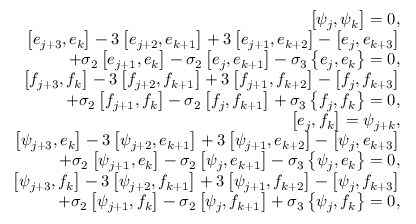
\begin{array} { r l r } & { } & { \left[ \psi _ { j } , \psi _ { k } \right] = 0 , } \\ & { } & { \left[ e _ { j + 3 } , e _ { k } \right] - 3 \left[ e _ { j + 2 } , e _ { k + 1 } \right] + 3 \left[ e _ { j + 1 } , e _ { k + 2 } \right] - \left[ e _ { j } , e _ { k + 3 } \right] } \\ & { } & { \quad + \sigma _ { 2 } \left[ e _ { j + 1 } , e _ { k } \right] - \sigma _ { 2 } \left[ e _ { j } , e _ { k + 1 } \right] - \sigma _ { 3 } \left\{ e _ { j } , e _ { k } \right\} = 0 , } \\ & { } & { \left[ f _ { j + 3 } , f _ { k } \right] - 3 \left[ f _ { j + 2 } , f _ { k + 1 } \right] + 3 \left[ f _ { j + 1 } , f _ { k + 2 } \right] - \left[ f _ { j } , f _ { k + 3 } \right] } \\ & { } & { \quad + \sigma _ { 2 } \left[ f _ { j + 1 } , f _ { k } \right] - \sigma _ { 2 } \left[ f _ { j } , f _ { k + 1 } \right] + \sigma _ { 3 } \left\{ f _ { j } , f _ { k } \right\} = 0 , } \\ & { } & { \left[ e _ { j } , f _ { k } \right] = \psi _ { j + k } , } \\ & { } & { \left[ \psi _ { j + 3 } , e _ { k } \right] - 3 \left[ \psi _ { j + 2 } , e _ { k + 1 } \right] + 3 \left[ \psi _ { j + 1 } , e _ { k + 2 } \right] - \left[ \psi _ { j } , e _ { k + 3 } \right] } \\ & { } & { \quad + \sigma _ { 2 } \left[ \psi _ { j + 1 } , e _ { k } \right] - \sigma _ { 2 } \left[ \psi _ { j } , e _ { k + 1 } \right] - \sigma _ { 3 } \left\{ \psi _ { j } , e _ { k } \right\} = 0 , } \\ & { } & { \left[ \psi _ { j + 3 } , f _ { k } \right] - 3 \left[ \psi _ { j + 2 } , f _ { k + 1 } \right] + 3 \left[ \psi _ { j + 1 } , f _ { k + 2 } \right] - \left[ \psi _ { j } , f _ { k + 3 } \right] } \\ & { } & { \quad + \sigma _ { 2 } \left[ \psi _ { j + 1 } , f _ { k } \right] - \sigma _ { 2 } \left[ \psi _ { j } , f _ { k + 1 } \right] + \sigma _ { 3 } \left\{ \psi _ { j } , f _ { k } \right\} = 0 , } \end{array}